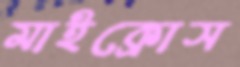
মাইক্রোস